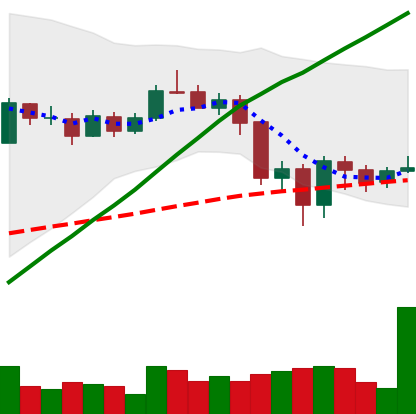
Ticker: LINK-USD
Chart end date: 2020-09-10
Forward return: -12.534%
Label: down_7plus